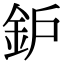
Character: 鈩